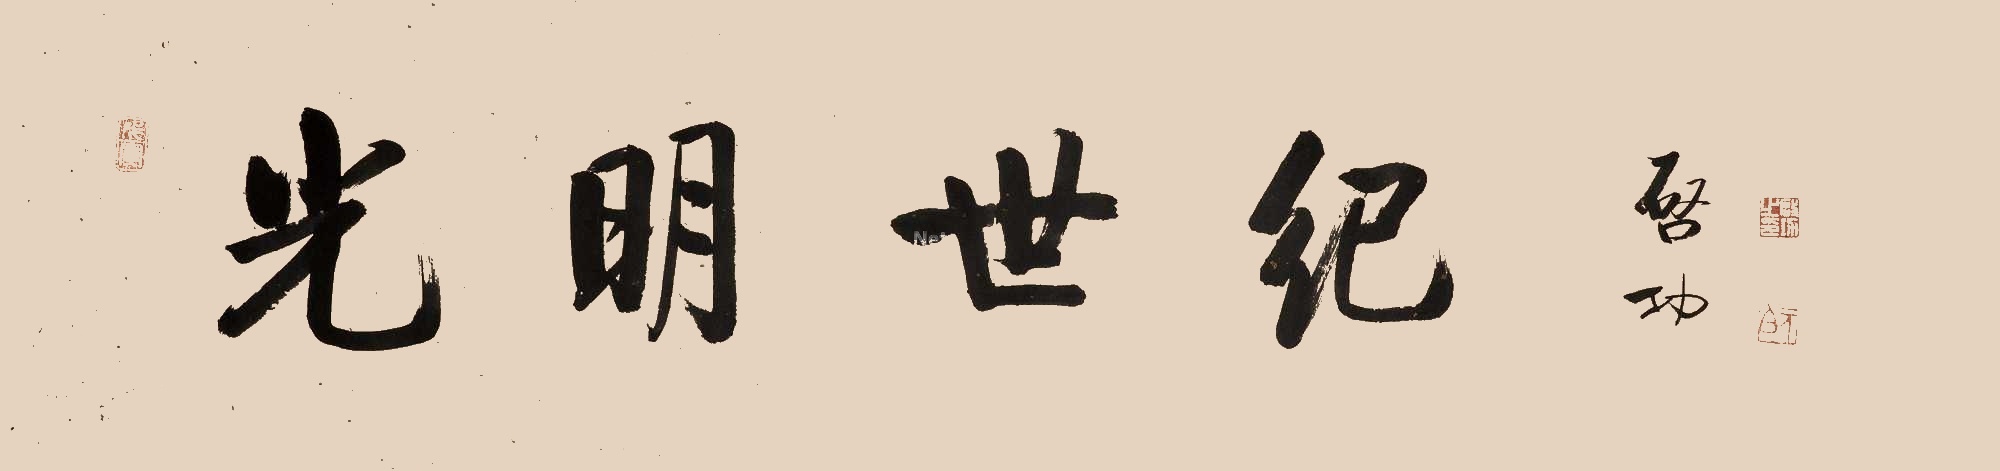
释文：光明世纪。启功。